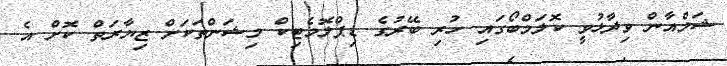
ޝަމްއާން ވިދާޅުވީ ކޮލަމްބޯގައި ހުރި ބޭރުގެ ޑިޕްލޮމެޓިކް މިޝަންތަކަށް ޒިޔާރަތް ކޮށް އެ